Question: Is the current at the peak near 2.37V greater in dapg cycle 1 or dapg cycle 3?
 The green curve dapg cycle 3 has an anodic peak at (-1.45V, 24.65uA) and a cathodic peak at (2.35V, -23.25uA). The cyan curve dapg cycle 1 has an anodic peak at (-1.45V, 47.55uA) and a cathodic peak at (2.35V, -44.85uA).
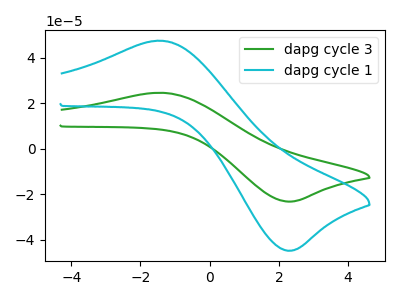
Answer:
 <answer>The peak at 2.37V is higher in "dapg cycle 1" than in "dapg cycle 3".</answer>
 <eval>higher</eval>